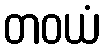
တဝယံ